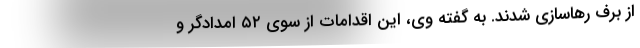
از برف رهاسازی شدند. به گفته وی، این اقدامات از سوی ۵٢ امدادگر و